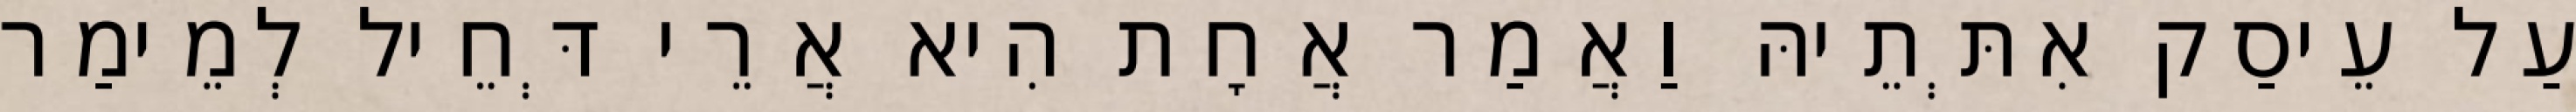
עַל עֵיסַק אִתְּתֵיהּ וַאֲמַר אֲחָת הִיא אֲרֵי דְּחֵיל לְמֵימַר